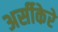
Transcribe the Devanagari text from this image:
अर्सीकेरे